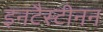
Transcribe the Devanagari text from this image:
इनटैस्टीनन